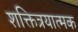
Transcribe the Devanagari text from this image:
शक्तित्रयात्मक